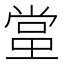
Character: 𬻬